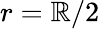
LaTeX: r=\mathbb{R}/2